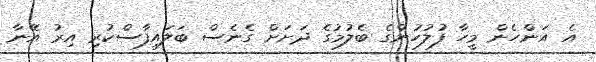
އެ އަންހެން މީހާ ފުލުހުންގެ ބެލުމުގެ ދަށަށް ގެނެސް ބަލައިފާސްކުރި އިރު އޭނާ